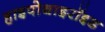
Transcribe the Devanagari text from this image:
हाइपोथाइरॉइड